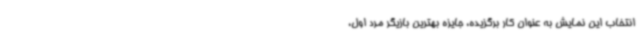
انتخاب این نمایش به عنوان کار برگزیده، جایزه بهترین بازیگر مرد اول،